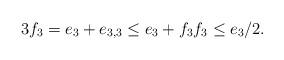
LaTeX: \begin{align*}3f_3=e_3+e_{3,3}\leq e_3+f_3 f_3\leq e_3/2.\end{align*}